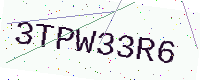
Text: 3TPW33R6